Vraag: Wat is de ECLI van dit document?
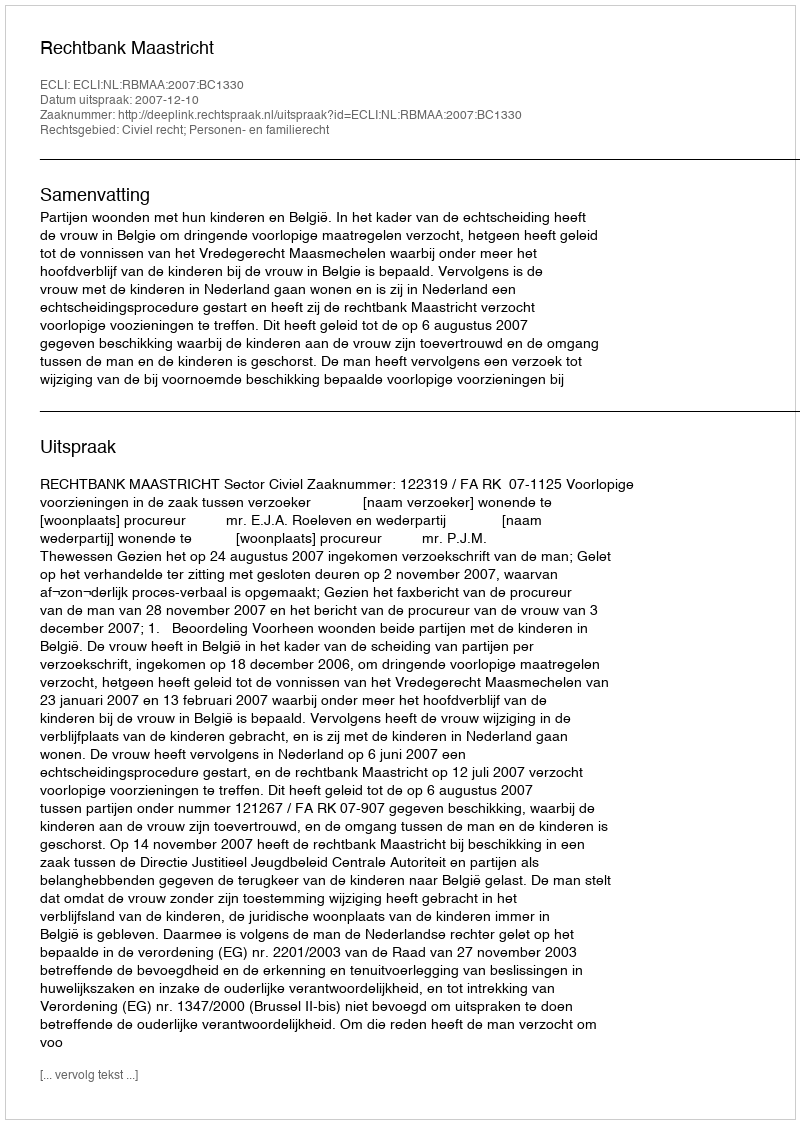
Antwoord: ECLI:NL:RBMAA:2007:BC1330